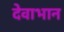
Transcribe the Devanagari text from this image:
देवाभान